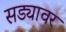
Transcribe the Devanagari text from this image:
सड्यावर